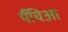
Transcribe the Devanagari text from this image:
पैंचिआ